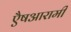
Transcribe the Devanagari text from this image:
एैषआरामी